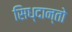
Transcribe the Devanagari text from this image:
सिध्दान्तो